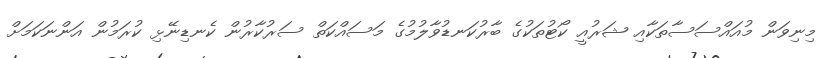
މިނިވަން މުއައްސަސާތަކާއި ޝަރުއީ ކޯޓުތަކުގެ ބާރުކަނޑުވާލުމުގެ މަސައްކަތް ސަރުކާރުން ކެނޑިނޭޅި ކުރަމުން އަންނަކަމަށް